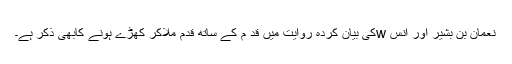
نعمان بن بشیر اور انس wکی بیان کردہ روایت میں قد م کے ساتھ قدم ملاکر کھڑے ہونے کابھی ذکر ہے۔